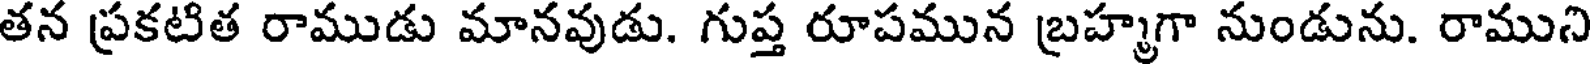
తన ప్రకటిత రాముడు మానవుడు. గుప్త రూపమున బ్రహ్మగా నుండును. రాముని